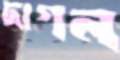
দাগল